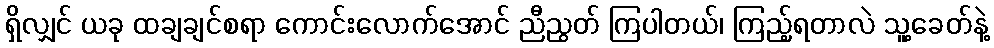
ရှိလျှင် ယခု ထချချင်စရာ ကောင်းလောက်အောင် ညီညွတ် ကြပါတယ်၊ ကြည့်ရတာလဲ သူ့ခေတ်နဲ့